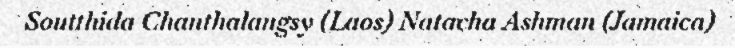
Soutthida Chanthalangsy (Laos) Natacha Ashman (Jamaica)